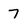
Character: 7